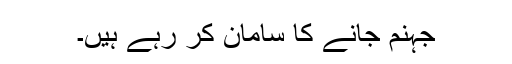
جہنم جانے کا سامان کر رہے ہیں۔